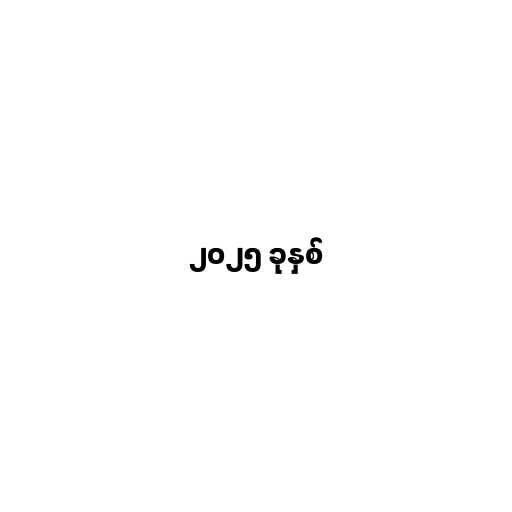
၂၀၂၅ ခုနှစ်